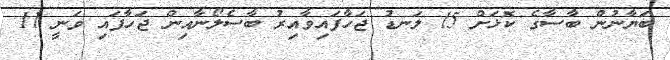
ބަޔާނުން ބާސާގެ ކޮޅަށް 15 ލަނޑު ޖަހާފައިވާއިރު ބާސެލޯނާއިން ޖަހާފައި ވަނީ 11